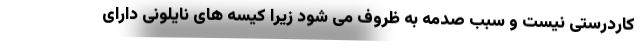
کاردرستی نیست و سبب صدمه به ظروف می شود زیرا کیسه های نایلونی دارای